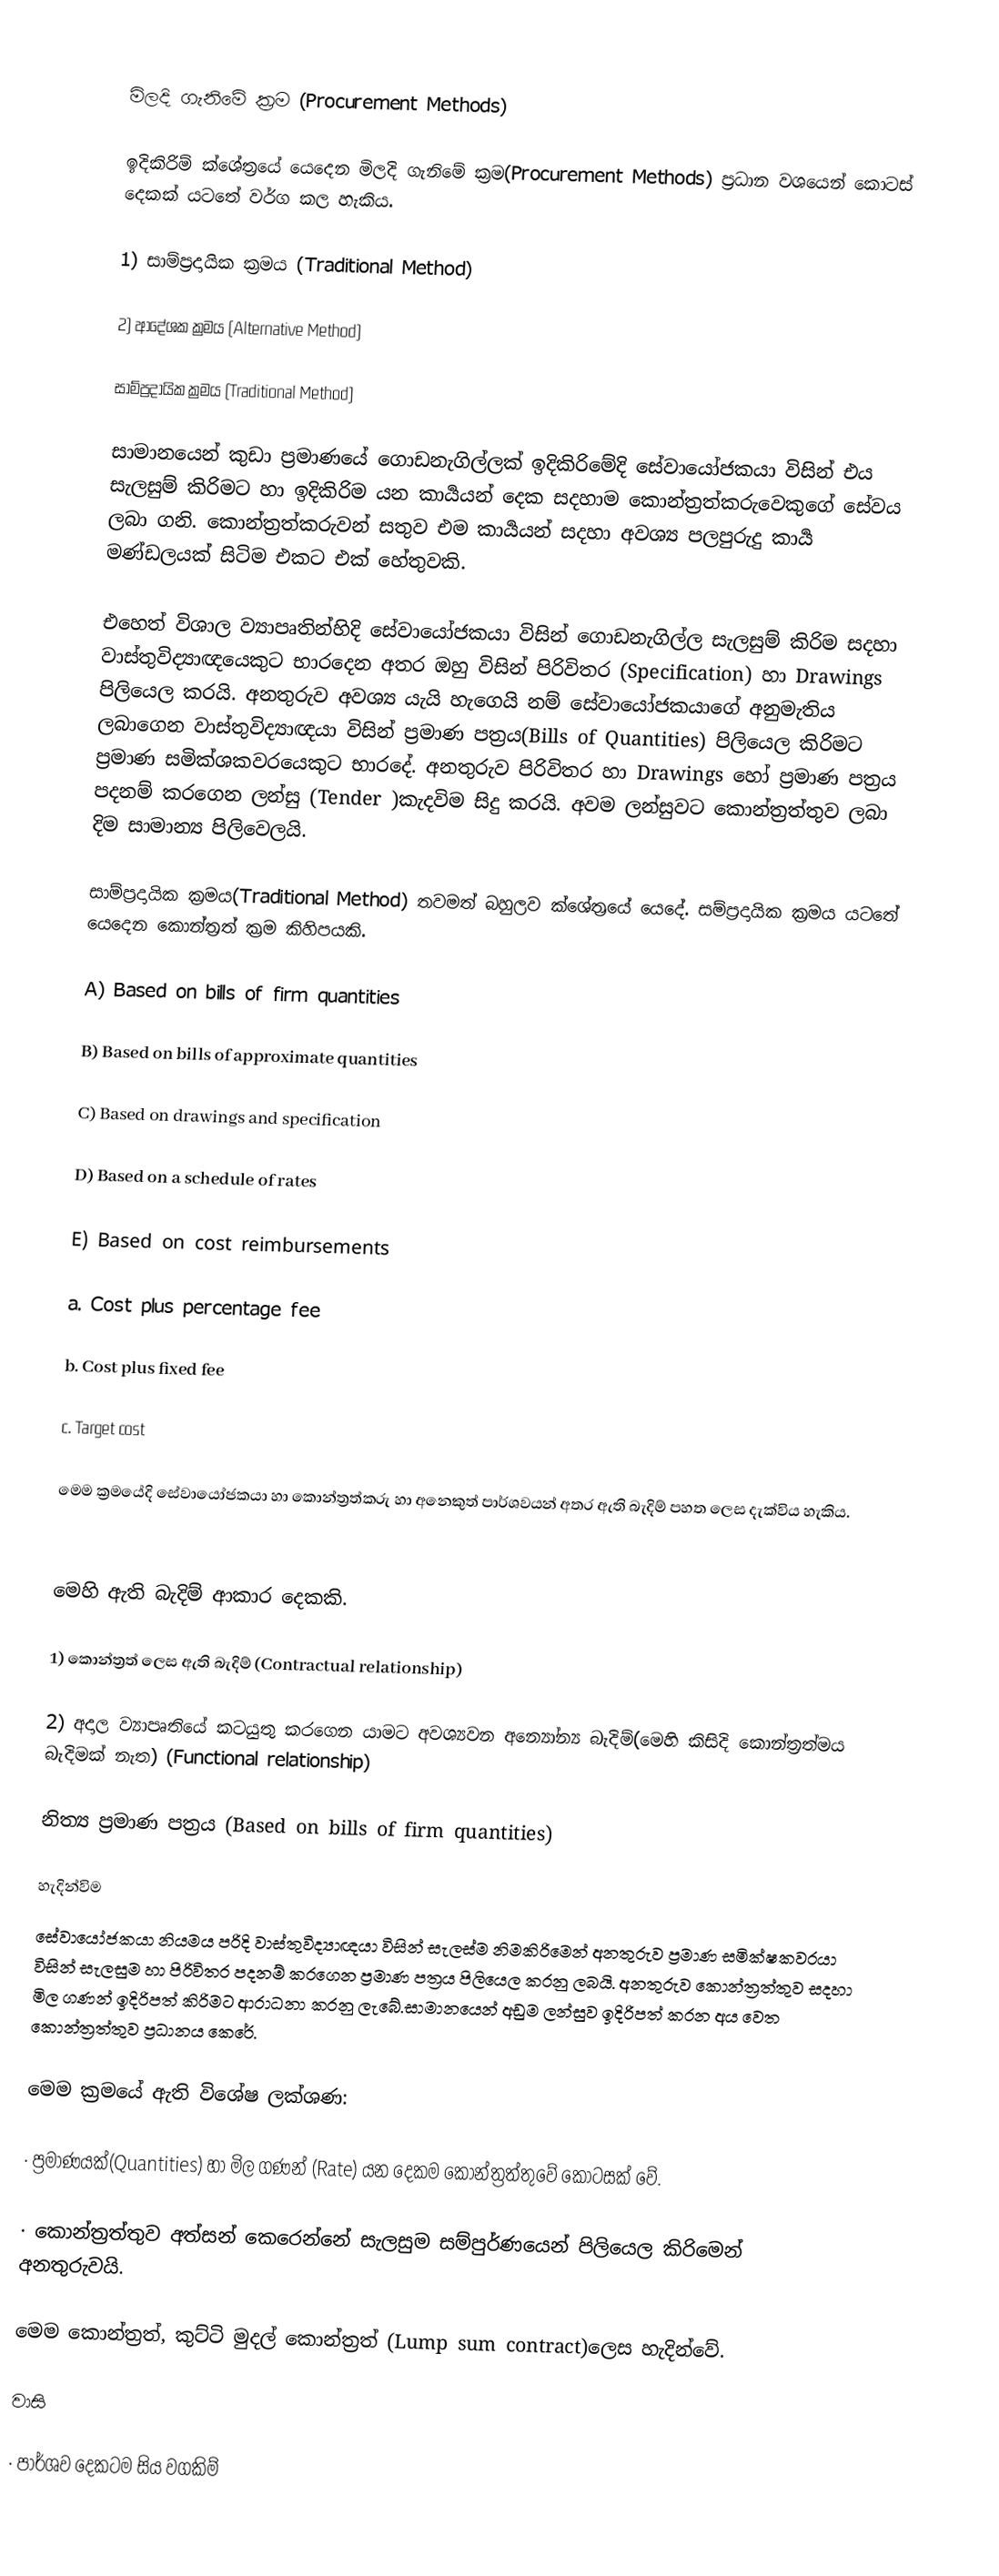

මිලදි ගැනිමේ ක්‍රම (Procurement Methods)

ඉදිකිරිම් ක්ශේත්‍රයේ යෙදෙන මිලදි ගැනිමේ ක්‍රම(Procurement Methods) ප්‍රධාන වශයෙන් කොටස් දෙකක් යටතේ වර්ග කල හැකිය.

1) සාම්ප්‍රදායික ක්‍රමය (Traditional Method)

2) ආදේශක ක්‍රමය (Alternative Method)

සාම්ප්‍රදායික ක්‍රමය (Traditional Method)

සාමානයෙන් කුඩා ප්‍රමාණයේ ගොඩනැගිල්ලක් ඉදිකිරිමේදි සේවායෝජකයා විසින් එය සැලසුම් කිරිමට හා ඉදිකිරිම යන කාර්‍යයන් දෙක සදහාම කොන්ත්‍රත්කරුවෙකුගේ සේවය ලබා ගනි. කොන්ත්‍රත්කරුවන් සතුව එම කාර්‍යයන් සදහා අවශ්‍ය පලපුරුදු කාර්‍ය මණ්ඩලයක් සිටිම එකට එක් හේතුවකි.

එහෙත් විශාල ව්‍යාපෘතින්හිදි සේවායෝජකයා විසින් ගොඩනැගිල්ල සැලසුම් කිරිම සදහා වාස්තුවිද්‍යාඥයෙකුට භාරදෙන අතර ඔහු විසින් පිරිවිතර (Specification) හා Drawings පිලියෙල කරයි. අනතුරුව අවශ්‍ය යැයි හැගෙයි නම් සේවායෝජකයාගේ අනුමැතිය ලබාගෙන වාස්තුවිද්‍යාඥයා විසින් ප්‍රමාණ පත්‍රය(Bills of Quantities) පිලියෙල කිරිමට ප්‍රමාණ සමික්ශකවරයෙකුට භාරදේ. අනතුරුව පිරිවිතර හා Drawings හෝ ප්‍රමාණ පත්‍රය පදනම් කරගෙන ලන්සු (Tender )කැදවිම සිදු කරයි. අවම ලන්සුවට කොන්ත්‍රත්තුව ලබා දිම සාමාන්‍ය පිලිවෙලයි.

සාම්ප්‍රදායික ක්‍රමය(Traditional Method) තවමත් බහුලව ක්ශේත්‍රයේ යෙදේ. සම්ප්‍රදායික ක්‍රමය යටතේ යෙදෙන කොන්ත්‍රත් ක්‍රම කිහිපයකි.

A) Based on bills of firm quantities

B) Based on bills of approximate quantities

C) Based on drawings and specification

D) Based on a schedule of rates

E) Based on cost reimbursements

a. Cost plus percentage fee

b. Cost plus fixed fee

c. Target cost

මෙම ක්‍රමයේදි සේවායෝජකයා හා කොන්ත්‍රත්කරු හා අනෙකුත් පාර්ශවයන් අතර ඇති බැදිම් පහත ලෙස දැක්විය හැකිය.

මෙහි ඇති බැදිම් ආකාර දෙකකි.

1) කොන්ත්‍රත් ලෙස ඇති බැදිම් (Contractual relationship)

2) අදාල ව්‍යාපෘතියේ කටයුතු කරගෙන යාමට අවශ්‍යවන අන්‍යෝන්‍ය බැදිම්(මෙහි කිසිදි කොන්ත්‍රත්මය බැදිමක් නැත) (Functional relationship)

නිත්‍ය ප්‍රමාණ පත්‍රය (Based on bills of firm quantities)

හැදින්විම
සේවායෝජකයා නියමය පරිදි වාස්තුවිද්‍යාඥයා විසින් සැලස්ම නිමකිරිමෙන් අනතුරුව ප්‍රමාණ සමික්ෂකවරයා විසින් සැලසුම හා පිරිවිතර පදනම් කරගෙන ප්‍රමාණ පත්‍රය පිලියෙල කරනු ලබයි. අනතුරුව කොන්ත්‍රත්තුව සදහා මිල ගණන් ඉදිරිපත් කිරිමට ආරාධනා කරනු ලැබේ.සාමානයෙන් අඩුම ලන්සුව ඉදිරිපත් කරන අය වෙත කොන්ත්‍රත්තුව ප්‍රධානය කෙරේ.

මෙම ක්‍රමයේ ඇති විශේෂ ලක්ශණ:

· ප්‍රමාණයක්(Quantities) හා මිල ගණන් (Rate) යන දෙකම කොන්ත්‍රත්තුවේ කොටසක් වේ.

· කොන්ත්‍රත්තුව අත්සන් කෙරෙන්නේ සැලසුම සම්පුර්ණයෙන් පිලියෙල කිරිමෙන් අනතුරුවයි.

මෙම කොන්ත්‍රත්, කුට්ටි මුදල් කොන්ත්‍රත් (Lump sum contract)ලෙස හැදින්වේ.

වාසි

· පාර්ශව දෙකටම සිය වගකිම්